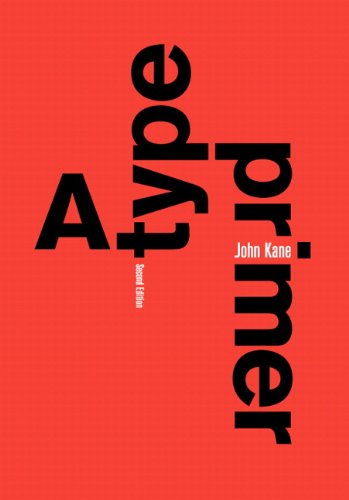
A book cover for A Type Primer (2nd Edition); John Kane; Arts & Photography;